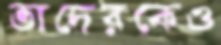
তাদেরকেও